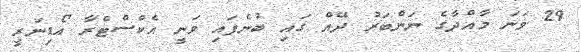
29 ވަނަ މާއްދާގެ ނަންބަރު ދޭއް ގައި ބުނެފައި ވަނީ އެކްސްޓްރާ އޯޑިނަރީ